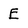
Character: E